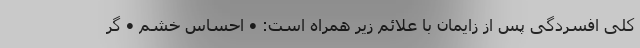
کلی افسردگی پس از زایمان با علائم زیر همراه است: • احساس خشم • گر